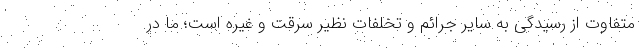
متفاوت از رسیدگی به سایر جرائم و تخلفات نظیر سرقت و غیره است؛ ما در